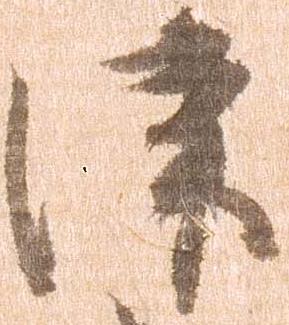
津